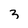
Character: 3